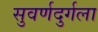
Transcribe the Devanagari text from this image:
सुवर्णदुर्गला